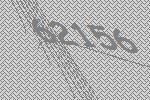
62156